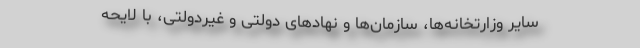
سایر وزارتخانه‌ها، سازمان‌ها و نهادهای دولتی و غیردولتی، با لایحه